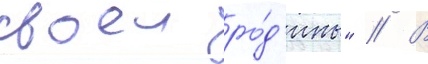
своеи ро́д'ины" // В